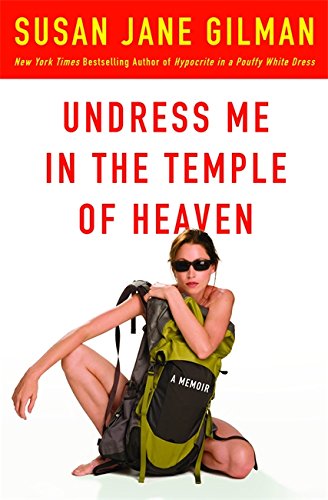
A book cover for Undress Me in the Temple of Heaven; Susan Jane Gilman; Biographies & Memoirs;